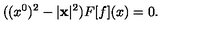
( ( x ^ { 0 } ) ^ { 2 } - | { \bf x } | ^ { 2 } ) F [ f ] ( x ) = 0 .